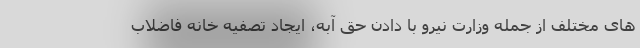
های مختلف از جمله وزارت نیرو با دادن حق آبه، ایجاد تصفیه خانه فاضلاب